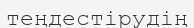
теңдестірудің